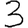
Digit: 3